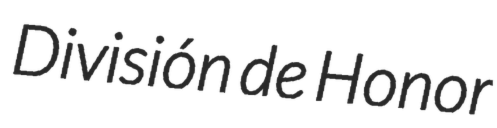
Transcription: División de Honor